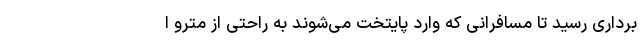
برداری رسید تا مسافرانی که وارد پایتخت می‌شوند به راحتی از مترو ا